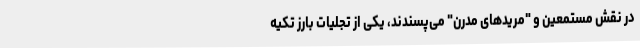
در نقش مستمعین و "مریدهای مدرن" می‌پسندند، یکی از تجلیات بارز تکیه